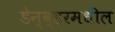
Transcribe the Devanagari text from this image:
डेन्व्हरमधील